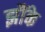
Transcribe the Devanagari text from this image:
झौंके